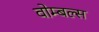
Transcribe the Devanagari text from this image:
वोम्बल्स